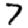
Digit: 7